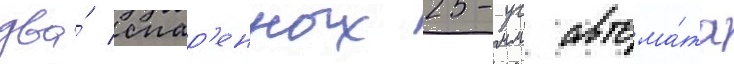
два́ спар'енных 25-мм автома́та